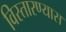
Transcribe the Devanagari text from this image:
विस्तारण्यास